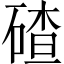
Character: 碴